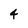
Character: 4